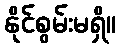
နိုင်စွမ်းမရှိ။